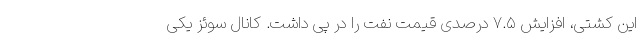
این کشتی، افزایش ۷.۵ درصدی قیمت نفت را در پی داشت. کانال سوئز یکی